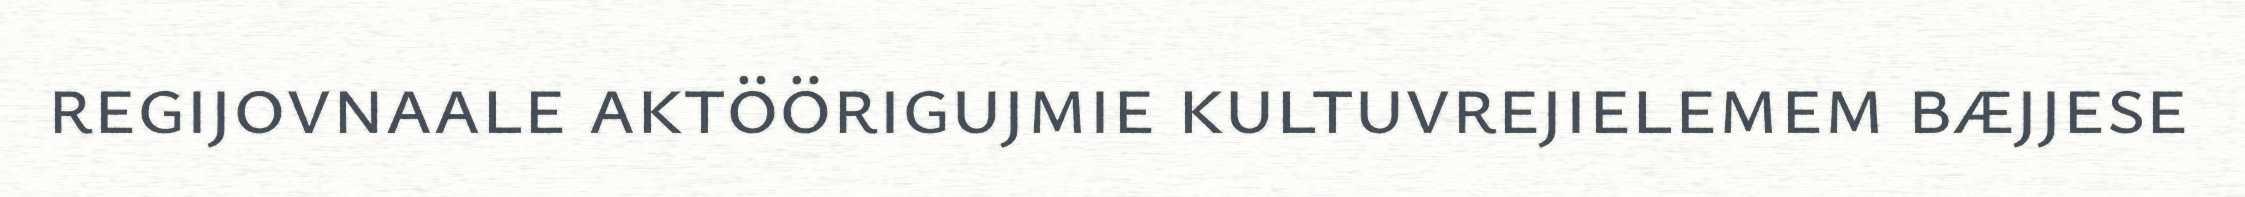
regijovnaale aktöörigujmie kultuvrejielemem bæjjese